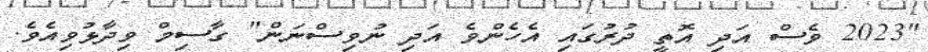
"2023 ވެސް އަދި އޮތީ ދުރުގައި އެހެންވެ އަދި ނުވިސްނަން" ގާސިމް ވިދާޅުވިއެވެ.